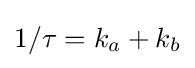
1/\tau =k_{a}+k_{b}